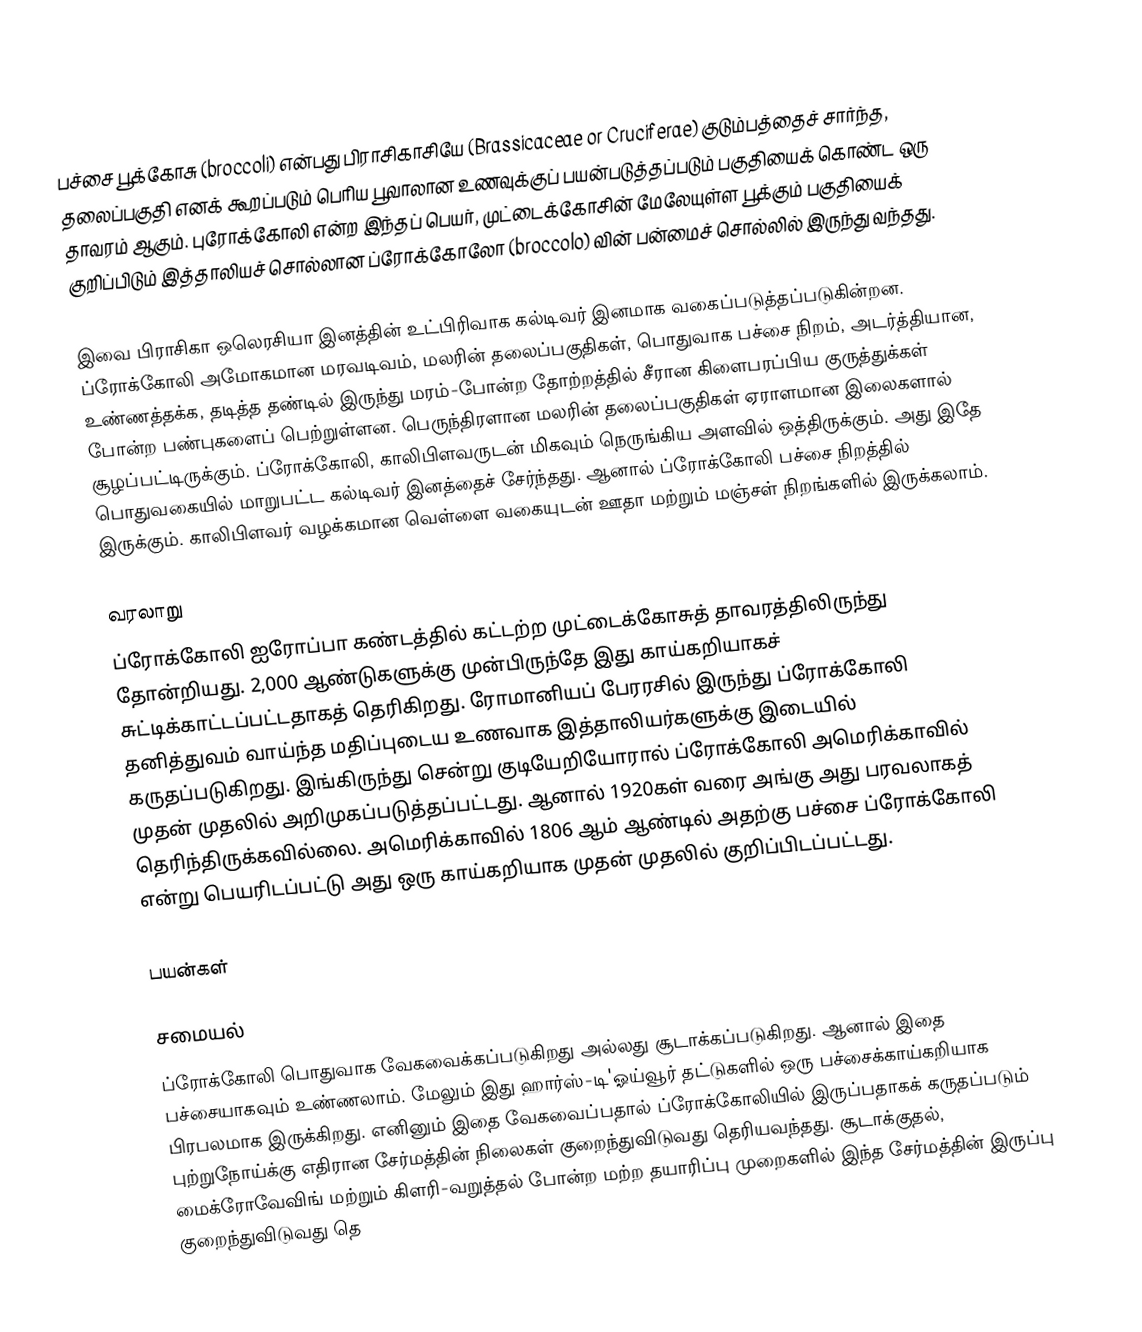
பச்சை பூக்கோசு (broccoli) என்பது பிராசிகாசியே (Brassicaceae or Cruciferae) குடும்பத்தைச் சார்ந்த, தலைப்பகுதி எனக் கூறப்படும் பெரிய பூவாலான உணவுக்குப் பயன்படுத்தப்படும் பகுதியைக் கொண்ட ஒரு தாவரம் ஆகும். புரோக்கோலி என்ற இந்தப் பெயர், முட்டைக்கோசின் மேலேயுள்ள பூக்கும் பகுதியைக் குறிப்பிடும் இத்தாலியச் சொல்லான ப்ரோக்கோலோ (broccolo) வின் பன்மைச் சொல்லில் இருந்து வந்தது.

இவை பிராசிகா ஒலெரசியா இனத்தின் உட்பிரிவாக கல்டிவர் இனமாக வகைப்படுத்தப்படுகின்றன. ப்ரோக்கோலி அமோகமான மரவடிவம், மலரின் தலைப்பகுதிகள், பொதுவாக பச்சை நிறம், அடர்த்தியான, உண்ணத்தக்க, தடித்த தண்டில் இருந்து மரம்-போன்ற தோற்றத்தில் சீரான கிளைபரப்பிய குருத்துக்கள் போன்ற பண்புகளைப் பெற்றுள்ளன. பெருந்திரளான மலரின் தலைப்பகுதிகள் ஏராளமான இலைகளால் சூழப்பட்டிருக்கும். ப்ரோக்கோலி, காலிபிளவருடன் மிகவும் நெருங்கிய அளவில் ஒத்திருக்கும். அது இதே பொதுவகையில் மாறுபட்ட கல்டிவர் இனத்தைச் சேர்ந்தது. ஆனால் ப்ரோக்கோலி பச்சை நிறத்தில் இருக்கும். காலிபிளவர் வழக்கமான வெள்ளை வகையுடன் ஊதா மற்றும் மஞ்சள் நிறங்களில் இருக்கலாம்.

வரலாறு
ப்ரோக்கோலி ஐரோப்பா கண்டத்தில் கட்டற்ற முட்டைக்கோசுத் தாவரத்திலிருந்து தோன்றியது. 2,000 ஆண்டுகளுக்கு முன்பிருந்தே இது காய்கறியாகச் சுட்டிக்காட்டப்பட்டதாகத் தெரிகிறது. ரோமானியப் பேரரசில் இருந்து ப்ரோக்கோலி தனித்துவம் வாய்ந்த மதிப்புடைய உணவாக இத்தாலியர்களுக்கு இடையில் கருதப்படுகிறது. இங்கிருந்து சென்று குடியேறியோரால் ப்ரோக்கோலி அமெரிக்காவில் முதன் முதலில் அறிமுகப்படுத்தப்பட்டது. ஆனால் 1920கள் வரை அங்கு அது பரவலாகத் தெரிந்திருக்கவில்லை. அமெரிக்காவில் 1806 ஆம் ஆண்டில் அதற்கு பச்சை ப்ரோக்கோலி என்று பெயரிடப்பட்டு அது ஒரு காய்கறியாக முதன் முதலில் குறிப்பிடப்பட்டது.

பயன்கள்

சமையல்
ப்ரோக்கோலி பொதுவாக வேகவைக்கப்படுகிறது அல்லது சூடாக்கப்படுகிறது. ஆனால் இதை பச்சையாகவும் உண்ணலாம். மேலும் இது ஹார்ஸ்-டி'ஓய்வூர் தட்டுகளில் ஒரு பச்சைக்காய்கறியாக பிரபலமாக இருக்கிறது. எனினும் இதை வேகவைப்பதால் ப்ரோக்கோலியில் இருப்பதாகக் கருதப்படும் புற்றுநோய்க்கு எதிரான சேர்மத்தின் நிலைகள் குறைந்துவிடுவது தெரியவந்தது. சூடாக்குதல், மைக்ரோவேவிங் மற்றும் கிளரி-வறுத்தல் போன்ற மற்ற தயாரிப்பு முறைகளில் இந்த சேர்மத்தின் இருப்பு குறைந்துவிடுவது தெ